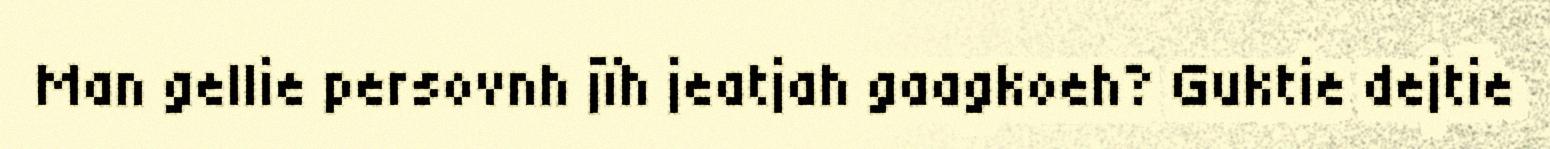
Man gellie persovnh jïh jeatjah gaagkoeh? Guktie dejtie